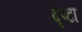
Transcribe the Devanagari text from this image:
द्र्ष्टा